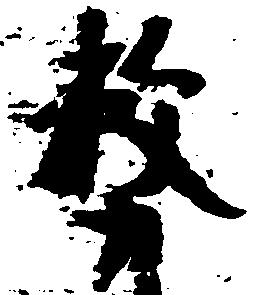
務